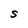
Character: S